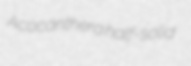
Acocanthera half-solid